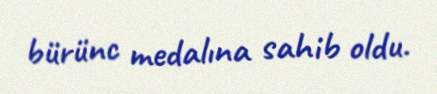
bürünc medalına sahib oldu.